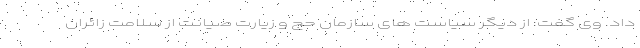
داد. وی گفت: از دیگر سیاست های سازمان حج و زیارت صیانت از سلامت زائران